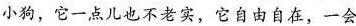
小狗，它一点儿也不老实，它自由自在，一会